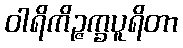
ဝါရိကိဉ္ဇက္ခပူရိတာ